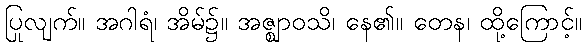
ပြုလျက်။ အဂါရံ၊ အိမ်၌။ အဇ္ဈာဝသိ၊ နေ၏။ တေန၊ ထို့ကြောင့်။